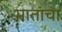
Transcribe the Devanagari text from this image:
मातांचा